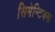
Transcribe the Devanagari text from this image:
सिमेन्टिक्स